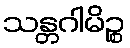
သန္တဂါမိဉ္စ